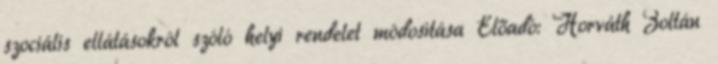
szociális ellátásokról szóló helyi rendelet módosítása Előadó: Horváth Zoltán